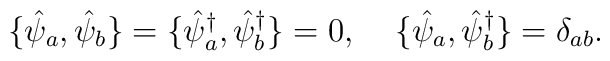
\{\hat{\psi}_a,\hat{\psi}_b\} =\{\hat{\psi}^{\dagger}_a,\hat{\psi}^{\dagger}_b\} =0, \;\;\;\;\{\hat{\psi}_a,\hat{\psi}^{\dagger}_b\} =\delta_{ab}.